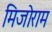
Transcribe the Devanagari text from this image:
मिजोराम